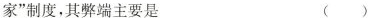
家”制度，其弊端主要是 ( )